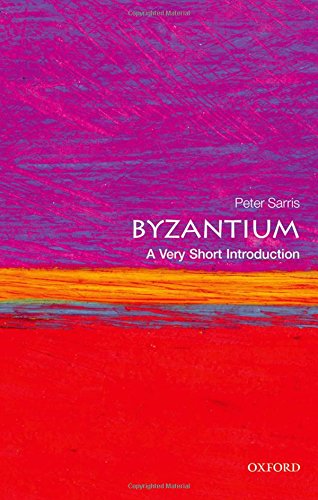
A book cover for Byzantium: A Very Short Introduction (Very Short Introductions); Peter Sarris; History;